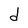
Character: d